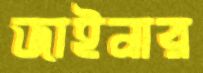
জাইনার